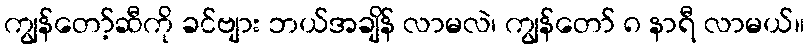
ကျွန်တော့်ဆီကို ခင်ဗျား ဘယ်အချိန် လာမလဲ၊ ကျွန်တော် ၈ နာရီ လာမယ်။